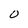
Character: 0